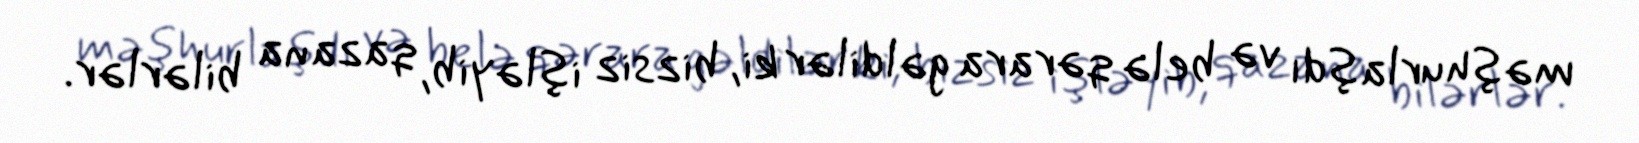
məşhurlaşdı və belə qərara gəldilər ki, bizsiz işləyib, qazana bilərlər.